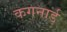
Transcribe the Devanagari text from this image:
कगनार्ड